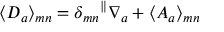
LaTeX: \langle { \cal D } _ { a } \rangle _ { m n } = \delta _ { m n } { } ^ { \parallel } \nabla _ { a } + \langle { \cal A } _ { a } \rangle _ { m n }